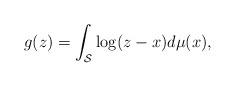
LaTeX: \begin{align*}g(z) = \int_{\mathcal{S}}\log(z-x) d\mu(x),\end{align*}